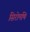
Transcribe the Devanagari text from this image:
सिरोमणि